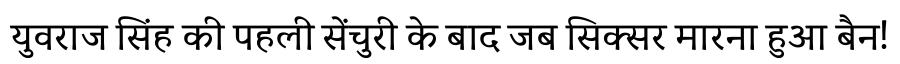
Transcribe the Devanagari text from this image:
युवराज सिंह की पहली सेंचुरी के बाद जब सिक्सर मारना हुआ बैन!